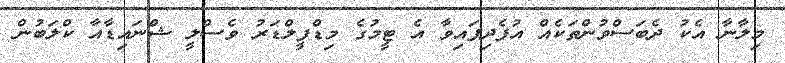
މިލާނާ އެކު ދެބަސްވުންތަކެއް އުފެދިފައިވާ އެ ޓީމުގެ މިޑްފީލްޑަރު ވެސްލީ ޝްނައިޑާއާ ކްލަބުން